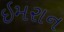
ઇમરાન